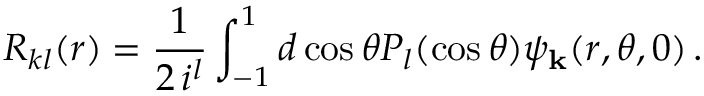
R _ { k l } ( r ) = { \frac { 1 } { 2 \, i ^ { l } } } \int _ { - 1 } ^ { 1 } d \cos \theta P _ { l } ( \cos \theta ) \psi _ { \bf k } ( r , \theta , 0 ) \, .